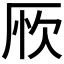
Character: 𠩦